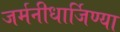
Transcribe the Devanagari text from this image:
जर्मनीधार्जिण्या